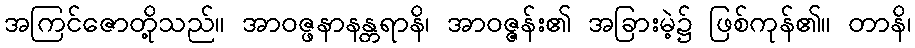
အကြင်ဇောတို့သည်။ အာဝဇ္ဖနာနန္တရာနိ၊ အာဝဇ္ဇန်း၏ အခြားမဲ့၌ ဖြစ်ကုန်၏။ တာနိ၊